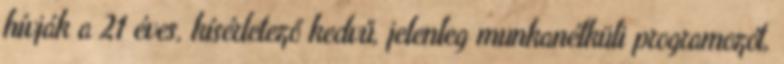
hívják a 21 éves, kísérletező kedvű, jelenleg munkanélküli programozót,